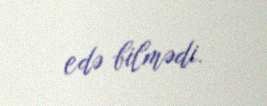
edə bilmədi.